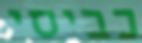
כביסי